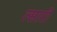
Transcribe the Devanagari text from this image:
त्सारी